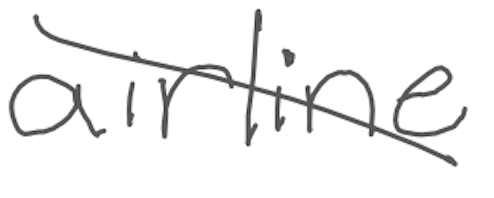
Text: airline
Cross-out: diagonal
Writing tool: digital_gray